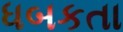
ધબકતા